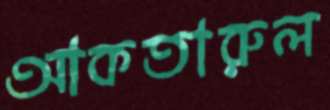
আকতারুল